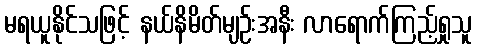
မရယူနိုင်သဖြင့် နယ်နိမိတ်မျဉ်းအနီး လာရောက်ကြည့်ရှုသူ